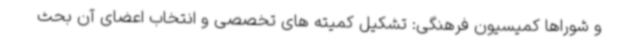
و شوراها کمیسیون فرهنگی: تشکیل کمیته های تخصصی و انتخاب اعضای آن بحث